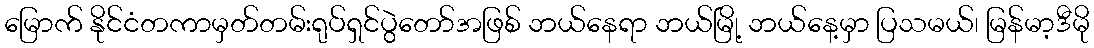
မြောက် နိုင်ငံတကာမှတ်တမ်းရုပ်ရှင်ပွဲတော်အဖြစ် ဘယ်နေရာ ဘယ်မြို့ ဘယ်နေ့မှာ ပြသမယ်၊ မြန်မာ့ဒီမို